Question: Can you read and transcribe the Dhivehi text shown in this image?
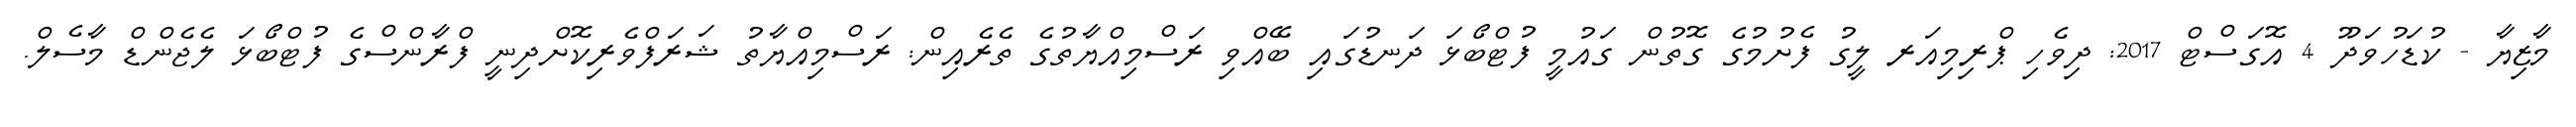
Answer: މާޒިޔާ - ކުޑަހުވަދޫ 4 އޮގަސްޓް 2017: ދިވެހި ޕްރިމިއަރ ލީގު ފެށުމުގެ ގޮތުން ގައުމީ ފުޓްބޯޅަ ދަނޑުގައި ބޭއްވި ރަސްމިއްޔާތުގެ ތެރެއިން: ރަސްމިއްޔާތު ޝަރަފްވެރިކޮށްދިނީ ފްރާންސްގެ ފުޓްބޯޅަ ލެޖެންޑް މާސެލް.